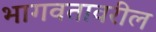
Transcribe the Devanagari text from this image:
भागवतावरील